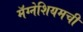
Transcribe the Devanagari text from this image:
मॅग्नेशियमची